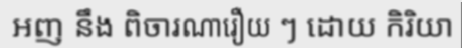
អញ នឹង ពិចារណារឿយ ៗ ដោយ កិរិយា